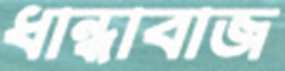
ধান্ধাবাজ